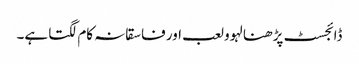
ڈائجسٹ پڑھنا لہوو لعب اور فاسقانہ کام لگتا ہے۔